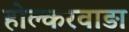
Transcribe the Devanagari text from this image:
होल्करवाड़ा